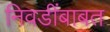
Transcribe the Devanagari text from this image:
निवडींबाबत